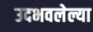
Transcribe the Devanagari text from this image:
उदभवलेल्या